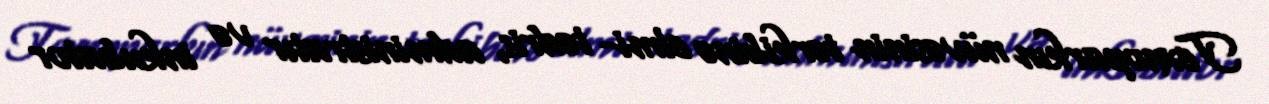
Texnoparkın nüvəsinin tərkibinə elmi- tədris, administratır və inkubator